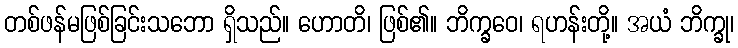
တစ်ဖန်မဖြစ်ခြင်းသဘော ရှိသည်။ ဟောတိ၊ ဖြစ်၏။ ဘိက္ခဝေ၊ ရဟန်းတို့။ အယံ ဘိက္ခု၊